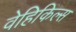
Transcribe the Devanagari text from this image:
वेहिकिल्स